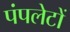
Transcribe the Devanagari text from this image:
पंपलेटों